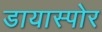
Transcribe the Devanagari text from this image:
डायास्पोर